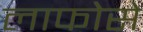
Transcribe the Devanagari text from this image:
लाफोसे